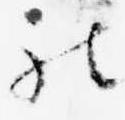
被